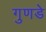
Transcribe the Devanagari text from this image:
गुणडे